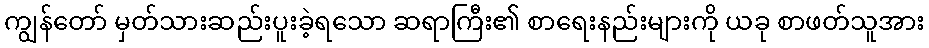
ကျွန်တော် မှတ်သားဆည်းပူးခဲ့ရသော ဆရာကြီး၏ စာရေးနည်းများကို ယခု စာဖတ်သူအား